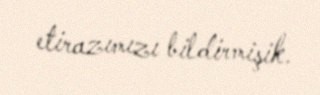
etirazımızı bildirmişik.